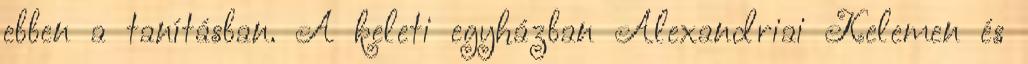
ebben a tanításban. A keleti egyházban Alexandriai Kelemen és